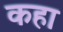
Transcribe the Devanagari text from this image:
कहा